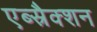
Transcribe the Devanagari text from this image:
एब्स्रैक्शन